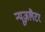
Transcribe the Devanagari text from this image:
न्यूज़लैटर